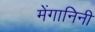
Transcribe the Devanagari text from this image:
मेंगानिनी